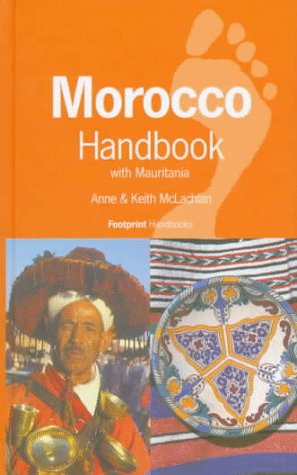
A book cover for Morocco Handbook: With Mauritania (Footprint Handbooks Series); A. McLachlan; Travel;